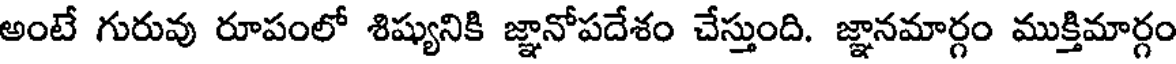
అంటే గురువు రూపంలో శిష్యునికి జ్ఞానోపదేశం చేస్తుంది. జ్ఞానమార్గం ముక్తిమార్గం